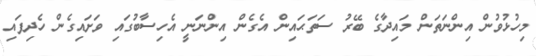
މިހުޅުވުން އިންނަތަން މައިދާގެ ބޭރު ސަތަޙައިން އެގެން އިންނަނީ އެހިސާބުގައި ވަށައިގެން ހެދިފައި